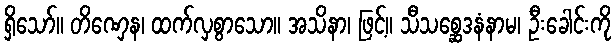
ရှိသော်။ တိဏှေန၊ ထက်လှစွာသော။ အသိနာ၊ ဖြင့်။ သီသစ္ဆေဒနံနာမ၊ ဦးခေါင်းကို